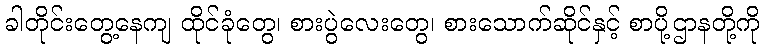
ခါတိုင်းတွေ့နေကျ ထိုင်ခုံတွေ၊ စားပွဲလေးတွေ၊ စားသောက်ဆိုင်နှင့် စာပို့ဌာနတို့ကို